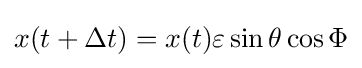
x(t+\Delta t)=x(t)\varepsilon \sin \theta \cos \Phi